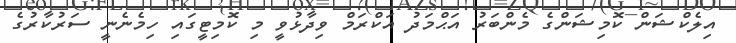
އިލެކްޝަން ކޮމިޝަންގެ މެންބަރު އަޙްމަދު އަކްރަމް ވިދާޅުވީ މި ކޮމިޓީގައި ހިމެނެނީ ސަރުކާރުގެ